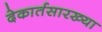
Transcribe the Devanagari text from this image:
देकार्तसारख्या